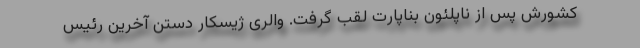
کشورش پس از ناپلئون بناپارت لقب گرفت. والری ژیسکار دستن آخرین رئیس